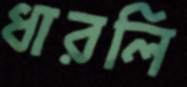
ধারলি